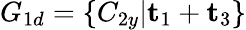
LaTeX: G_{1d}=\{ C_{2y}|\mathbf{t}_{1}+\mathbf{t}_{3}\}